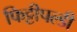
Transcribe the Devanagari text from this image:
फिट्टीपल्डी